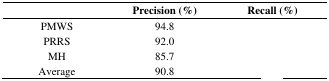
<table><thead><tr><td>[EMPTY_CELL]</td><td><b>Precision (%)</b></td><td><b>Recall (%)</b></td></tr></thead><tbody><tr><td>PMWS</td><td>94.8</td><td>[EMPTY_CELL]</td></tr><tr><td>PRRS</td><td>92.0</td><td>[EMPTY_CELL]</td></tr><tr><td>MH</td><td>85.7</td><td>[EMPTY_CELL]</td></tr><tr><td>Average</td><td>90.8</td><td>[EMPTY_CELL]</td></tr></tbody></table>